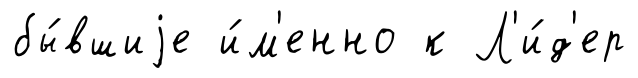
бы́вшиjе и́м'енно к Л'и́д'ер